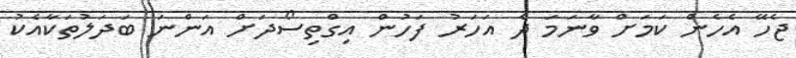
ޖެހޭ އެހެން ކަމަށް ވާނަމަ ދެ އަހަރު ފަހުން އިގްތިސޯދަށް އަންނަ ބަދަލުތަކާއެކު